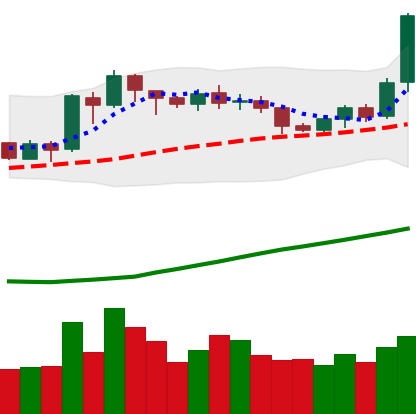
Ticker: ETH-USD
Chart end date: 2020-07-22
Forward return: 22.626%
Label: up_7plus